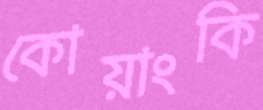
কোয়াংকি